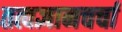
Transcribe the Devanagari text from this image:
तत्वज्ञानचर्चा